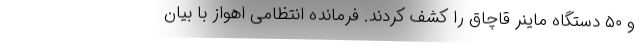
و ۵۰ دستگاه ماینر قاچاق را کشف کردند. فرمانده انتظامی اهواز با بیان